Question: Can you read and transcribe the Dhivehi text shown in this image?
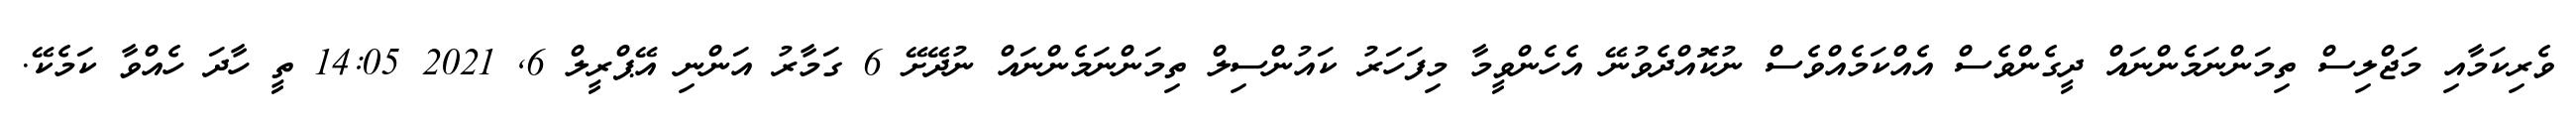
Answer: ވެރިކަމާއި މަޖްލިސް ތިމަންނަމެންނައް ދީގެންވެސް އެއްކަމެއްވެސް ނުކޮއްދެވުނޭ އެހެންވީމާ މިފަހަރު ކައުންސިލް ތިމަންނަމެންނައް ނުދޭށޭ 6 ގަމާރު އަންނި އޭޕްރީލް 6, 2021 14:05 ތީ ހާދަ ހެއްވާ ކަމެކޭ.